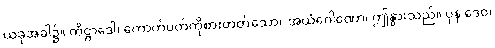
ယခုအခါ၌။ ကိဋ္ဌာဒေါ၊ ကောက်ပတ်ကိုစားတတ်သော။ အယံဂေါဏော၊ ဤနွားသည်။ ပုန ဒေဝ၊